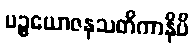
ပဉ္စယောဇနသတိကာနိပိ